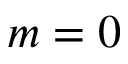
m = 0